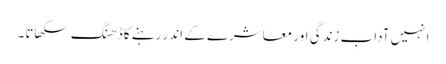
انہیں آدابِ زندگی اور معاشرے کے اندر رہنے کا ڈھنگ سکھاتا۔